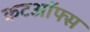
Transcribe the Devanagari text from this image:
कटऑफ्स